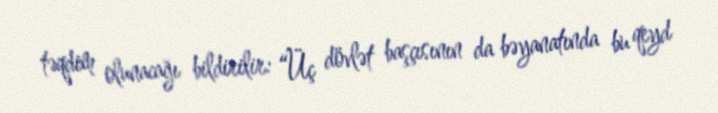
təqdim olunacağı bildirilir: “Üç dövlət başçısının da bəyanatında bu qeyd